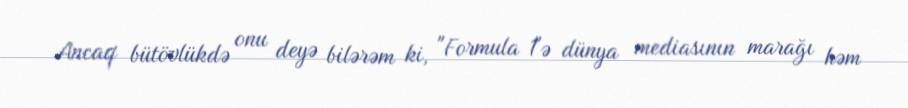
Ancaq bütövlükdə onu deyə bilərəm ki, "Formula 1"ə dünya mediasının marağı həm